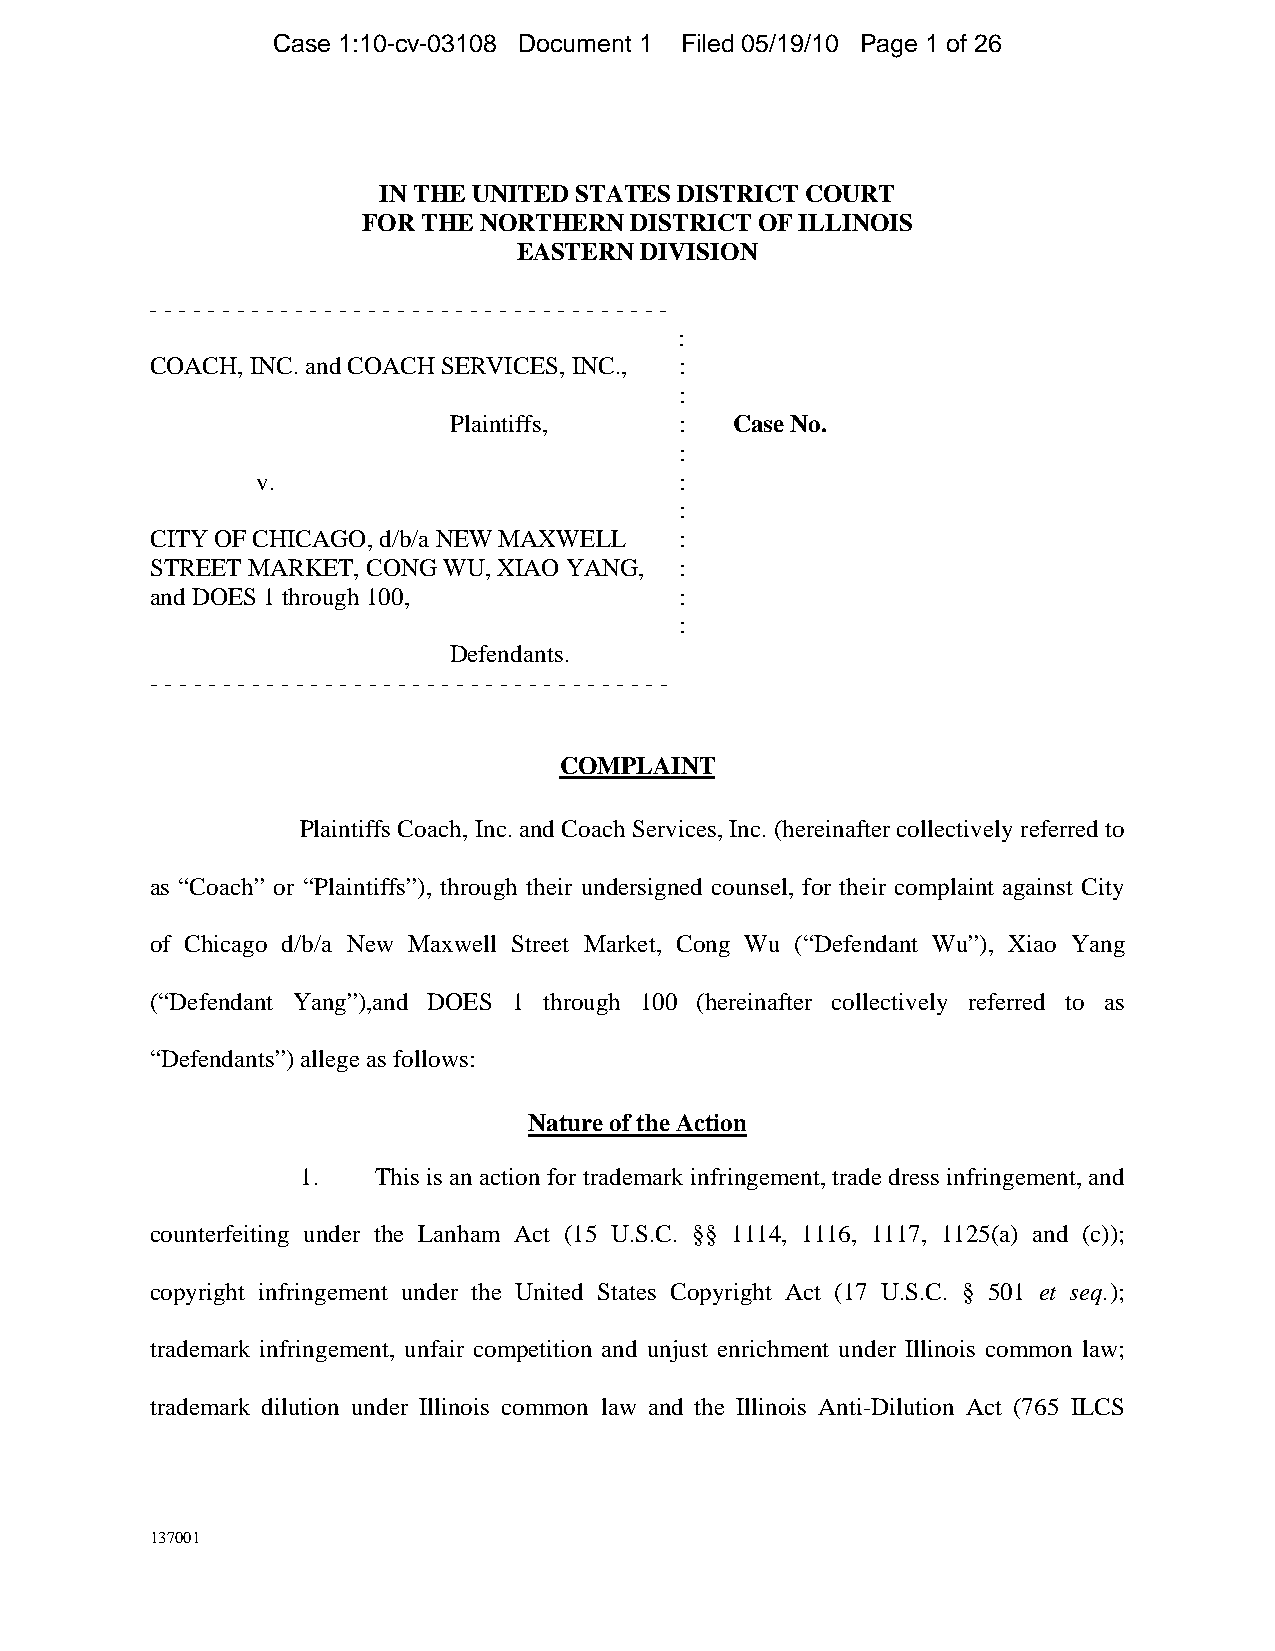
Case 1:10-cv-03108 Document 1 Filed 05/19/10 Page 1 of 26
 IN THE UNITED STATES DISTRICT COURT
 FOR THE NORTHERN  DISTRICT OF ILLINOIS
 EASTERN DIVISION
 - - - - - - - - - - - - - - - - - - - - - - - - - - - - - - - - - - - -
 :
 COACH, INC. and COACH SERVICES, INC., :
 :
 Plaintiffs,    :   Case No.
 :
 v.                          :
 :
 CITY OF CHICAGO, d/b/a NEW MAXWELL :
 STREET MARKET, CONG WU, XIAO YANG, :
 and DOES 1 through 100,            :
 :
 Defendants.
 - - - - - - - - - - - - - - - - - - - - - - - - - - - - - - - - - - - -
 COMPLAINT
 Plaintiffs Coach, Inc. and Coach Services, Inc. (hereinafter collectively referred to
 as “Coach” or “Plaintiffs”), through their undersigned counsel, for their complaint against City
 of Chicago d/b/a New Maxwell Street Market, Cong Wu (“Defendant Wu”), Xiao Yang
 (“Defendant Yang”),and DOES 1 through 100 (hereinafter collectively referred to as
 “Defendants”) allege as follows:
 Nature of the Action
 1.   This is an action for trademark infringement, trade dress infringement, and
 counterfeiting under the Lanham Act (15 U.S.C. §§ 1114, 1116, 1117, 1125(a) and (c));
 copyright infringement under the United States Copyright Act (17 U.S.C. § 501 et seq.);
 trademark infringement, unfair competition and unjust enrichment under Illinois common law;
 trademark dilution under Illinois common law and the Illinois Anti-Dilution Act (765 ILCS
 137001